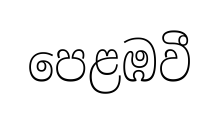
පෙළඹවී